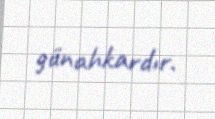
günahkardır.